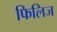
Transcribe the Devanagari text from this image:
फिलिज